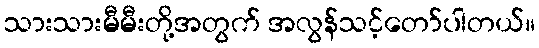
သားသားမီမီးတို့အတွက် အလွန်သင့်တော်ပါတယ်။